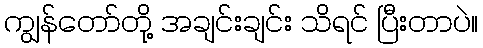
ကျွန်တော်တို့ အချင်းချင်း သိရင် ပြီးတာပဲ။